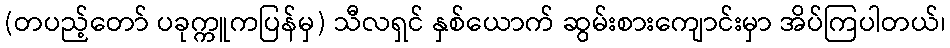
(တပည့်တော် ပခုက္ကူကပြန်မှ) သီလရှင် နှစ်ယောက် ဆွမ်းစားကျောင်းမှာ အိပ်ကြပါတယ်၊